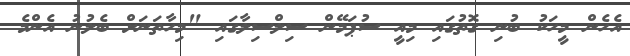
އެހެން މީހަކު ބުނި ގޮތުގައި މިއީ ސުޕަމޭން ސިލްސިލާގައި "މިހާތަނަށް ބެލުނު އެންމެ